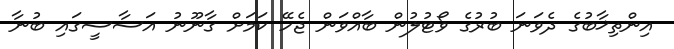
އިންތިޚާބުގެ ދެވަނަ ބުރުގެ ވޯޓުލުން ބާއްވަން ޖެހޭ ކަމަށް ގާނޫނު އަސާސީގައި ބުނާ